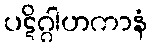
ပဋိဂ္ဂါဟကာနံ